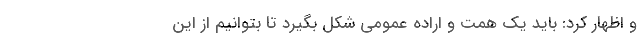
و اظهار کرد: باید یک همت و اراده عمومی شکل بگیرد تا بتوانیم از این